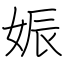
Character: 娠